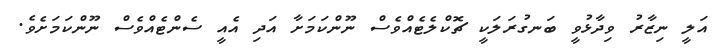
އަލީ ނިޒާރު ވިދާޅުވީ ބަނގުރަލަކީ ޗޮކްލެޓެއްވެސް ނޫންކަމަށާ އަދި އެއީ ސެންޓެއްވެސް ނޫންކަމަށެވެ.